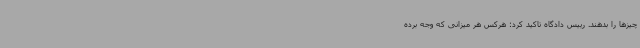
چیزها را بدهند. رییس دادگاه تاکید کرد: هرکس هر میزانی که وجه برده